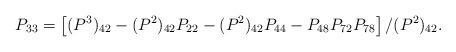
LaTeX: \begin{align*}P_{33}=\left[(P^{3})_{42}-(P^{2})_{42} P_{22} -(P^{2})_{42} P_{44}-P_{48}P_{72}P_{78}\right]/(P^{2})_{42}.\end{align*}